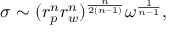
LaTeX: \sigma \sim ( r _ { p } ^ { n } r _ { w } ^ { n } ) ^ { \frac { n } { 2 ( n - 1 ) } } \omega ^ { \frac { 1 } { n - 1 } } ,